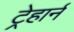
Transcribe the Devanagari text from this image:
ट्रेहार्न